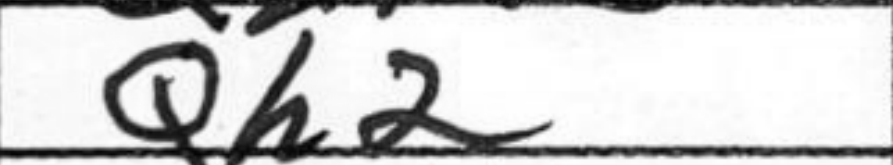
Transcription: Qh2